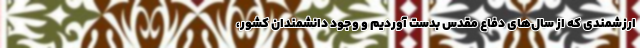
ارزشمندی که از سال‌های دفاع مقدس بدست آوردیم و وجود دانشمندان کشور،